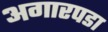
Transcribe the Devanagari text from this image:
अगारपडा